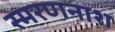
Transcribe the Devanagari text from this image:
स्मरणनाश